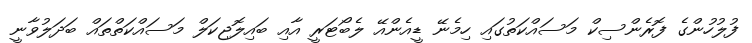
ފުލުހުންގެ ފޮރެންސިކް މަސައްކަތުގައި ހިމެނޭ ޑީއެންއޭ ލެބޯޓަރީ އާއި ބައިލޮޖިކަލް މަސައްކަތްތައް ބަދަލުވާނީ